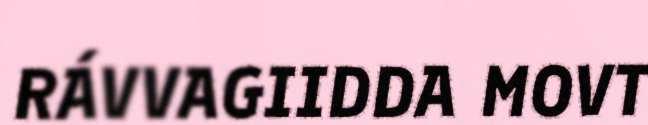
RÁVVAGIIDDA MOVT